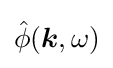
{\hat {\phi }}({\boldsymbol {k}},\omega )